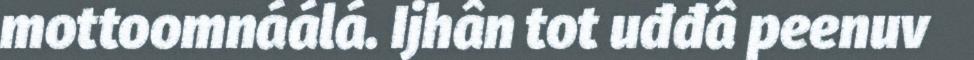
mottoomnáálá. Ijhân tot uđđâ peenuv